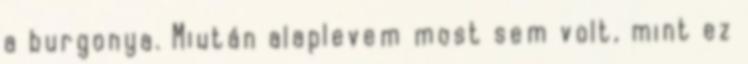
a burgonya. Miután alaplevem most sem volt, mint ez